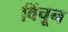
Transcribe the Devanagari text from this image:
विंचून